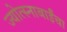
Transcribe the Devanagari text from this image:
ज्योत्स्नाबाईंचा